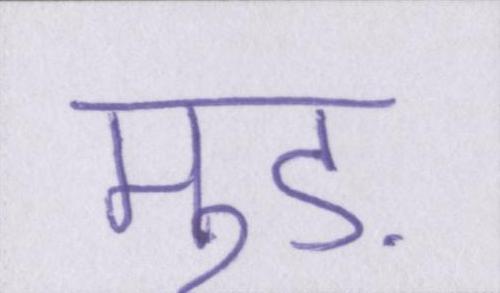
मुड़